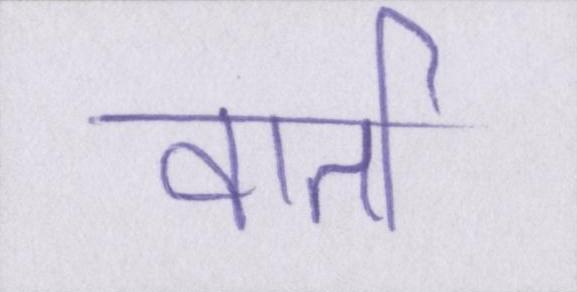
वार्ता